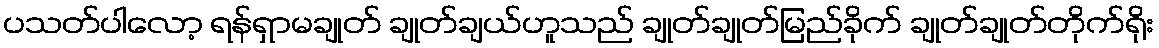
ပသတ်ပါလော့ ရန်ရှာမချုတ် ချုတ်ချယ်ဟူသည် ချုတ်ချုတ်မြည်ခိုက် ချုတ်ချုတ်တိုက်ရိုး